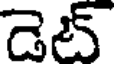
డెట్